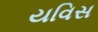
યવિસ